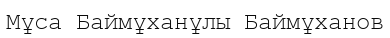
Мұса Баймұханұлы Баймұханов